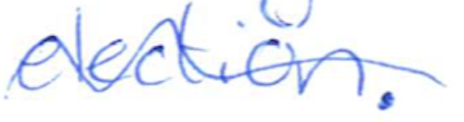
Text: election.
Cross-out: wave
Writing tool: ballpoint